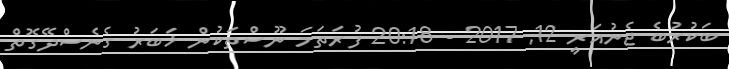
ބަކުރުބެ ޖެނުއަރީ 12